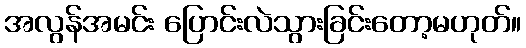
အလွန်အမင်း ပြောင်းလဲသွားခြင်းတော့မဟုတ်။